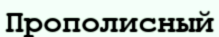
Прополисный